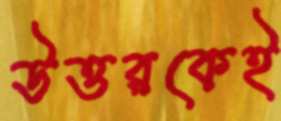
উত্তরকেই